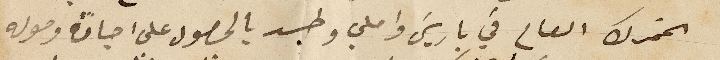
الخمرك العام في باريس واملي وطيد بالحصول على اجازة وصوله